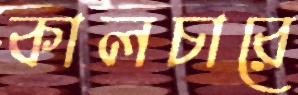
কালচারে